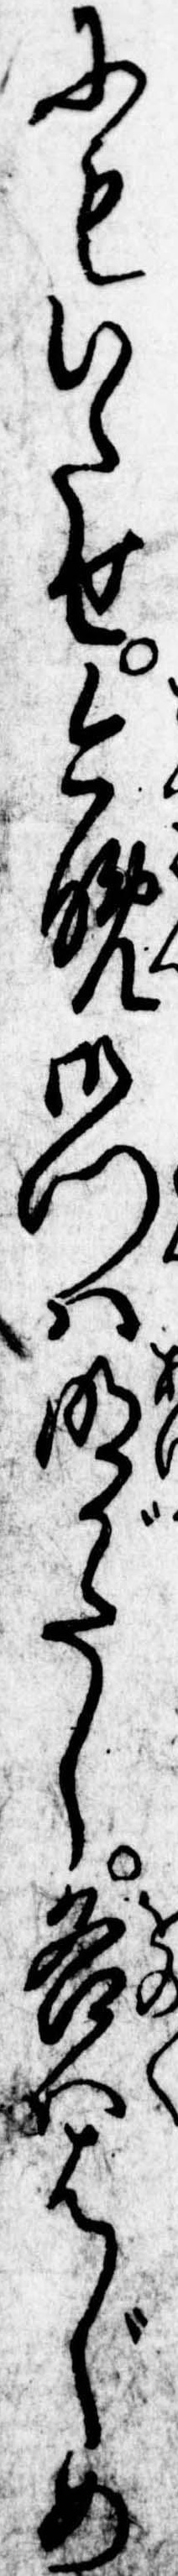
にもいたせ今晩御門は明がたし各ははじめ